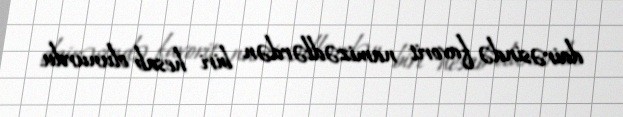
dairəsində favorit namizədlərdən biri hesab olunurdu.